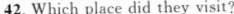
42. Which place did they visit?